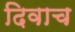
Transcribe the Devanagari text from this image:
दिवाच